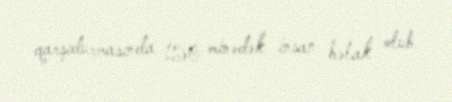
qarşıdurmasında 150 minədək insan həlak olub.